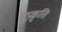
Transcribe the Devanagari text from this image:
भूप्रकृति